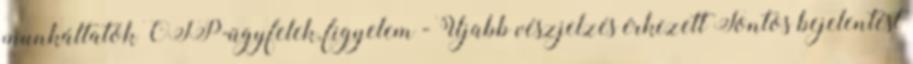
munkáltatók OTP-ügyfelek, figyelem - Újabb vészjelzés érkezett Fontos bejelentést